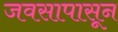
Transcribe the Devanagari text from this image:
जवसापासून